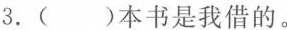
3.( )本书是我借的。